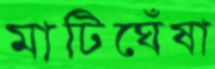
মাটিঘেঁষা